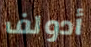
أدولف